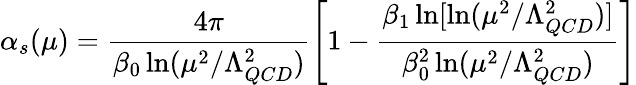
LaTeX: \alpha_{s}(\mu)=\frac{4\pi}{\beta_{0}\ln(\mu^{2}/\Lambda_{QCD}^{2})}\left[1-\frac{\beta_{1}\ln[\ln(\mu^{2}/\Lambda_{QCD}^{2})]}{\beta_{0}^{2}\ln(\mu^{2}/\Lambda_{QCD}^{2})}\right]